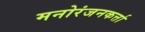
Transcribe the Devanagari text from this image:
मनोरंजनकर्त्ता